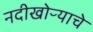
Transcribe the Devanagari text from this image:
नदीखोऱ्याचे